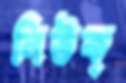
নিউক্